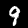
Label: 9